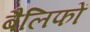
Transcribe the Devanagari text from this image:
बैलिफों